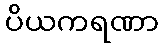
ပိယကရဏာ